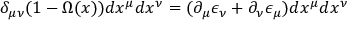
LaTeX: \delta _ { \mu \nu } ( 1 - \Omega ( x ) ) d x ^ { \mu } d x ^ { \nu } = ( \partial _ { \mu } \epsilon _ { \nu } + \partial _ { \nu } \epsilon _ { \mu } ) d x ^ { \mu } d x ^ { \nu }